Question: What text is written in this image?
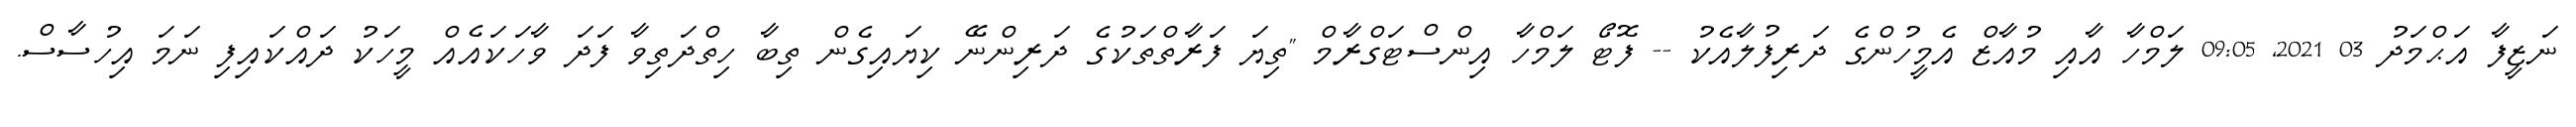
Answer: ނަޒީފާ އަޙްމަދު 03 2021, 09:05 ލަމްހާ އާއި މުއާޒް އެމީހުންގެ ދަރިފުލާއެކު -- ފޮޓޯ ލަމްހާ އިންސްޓަގްރާމް "ތިޔަ ފަރާތްތަކުގެ ދަރިންނޭ ކިޔައިގެން ތިބާ ހިތްދަތިވާ ފަދަ ވާހަކައެއް މީހަކު ދައްކައިފި ނަމަ އިހުސާސް.